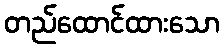
တည်ထောင်ထားသော